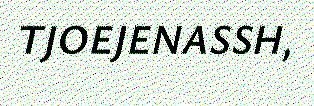
TJOEJENASSH,